Vital statistics of India. Vol. IV, Annual returns from 1871 to 1876. British Army of India, Native Army and jails of Bengal
Year: 1871
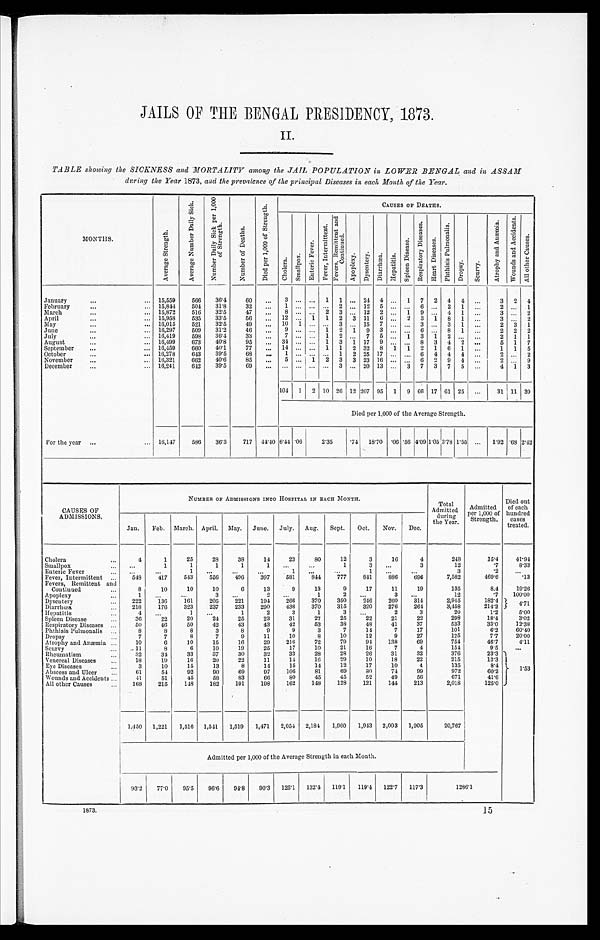
JAILS OF THE BENGAL PRESIDENCY, 1873.
II.
TABLE showing the SICKNESS and MORTALITY among the JAIL POPULATION in LOWER BENGAL and in ASSAM
during the Year 1873, and the prevalcnce of the principal Diseases in each Month of the Year.
MONTHS.
A v e r a g e S t r e n g t h .
A v e r a g e N u m b e r D a i l y S i c k .
N u m b e r D a i l y S i c k p e r 1 , 0 0 0 o f S t r e n g t h .
N u m b e r o f D e a t h s .
D i e d p e r 1 , 0 0 0 o f S t r e n g t h .
CAUSES OF DEATHS.
C h o l e r a .
S m a l l p o x .
E n t e r i c F e v e r .
F e v e r , I n t e r m i t t e n t .
F e v e r , I n t e r m i t t e n t a n d C o n t i n u e d .
A p o p l e x y .
D y s e n t a r y .
D i a r r h œ a . Hepat i t i s.
S p l e e n D i s e a s e .
R e s p i r a t o r y D i s e a s e s .
H e a r t D i s e a s e s .
P h t h i s i s P u l m o n a l i s .
Dropsy.
S c u r v y .
A t r o p h y a n d A n æ m i a .
W o u n d s a n d A c c i d e n t s .
A l l o t h e r C a u s e s .
January ... 15,559
566
36.4
60
. . .
3
. . .
. . .
1
1
. . . 24
4 ...
1
7
2
4
4
. . .
3
2
4
15,844
504
31.8
3 2
. . .
1
. . .
. . .
. . .
2
. . .
1 2
5 ...
. . .
6
. . .
2 1
. . .
2
. . . 1
February ...
15,872
516
32.5
47
. . .
8
. . .
. . . 2
3
. . . 12
2 ...
1
9
. . . 4
1
. . .
3
. . . 2
March ...
15,958
535
33.5
56
. . .
12
. . . 1
1
2
3 11
6 ...
2
3
1
8
1
. . .
3
. . . 2
April ...
16,015
521
32.5
49
. . .
10
1
. . .
. . .
3
. . .
1 5
7 ...
. . . 3
. . . 3
1
. . .
2
3
1
M a y . . .
16,297
509
31.2
46
. . .
9
. . .
. . . 1
2
1
9
3 ...
. . . 6
. . . 8
1
. . .
2
2
2
J u n e . . .
July
... 16,419
598
36.4
33
. . .
7
. . .
. . . 1
2
. . . 7
5 ...
1
3
1
2 ...
. . .
2
1
1
August ... 16,499
673
40.8
95
. . .
34
. . .
. . . 1
3
1 17
9 ...
. . . 8
3
4
2
. . .
5
1
7
16,459
660
40.1
77
. . .
14
. . .
. . . 1
1
2 32
8
1
1
2
1
6
1
. . .
1
1
5
September ...
16,278
643
39.5
68
. . .
1
. . .
. . .
. . . 1
2 25 17 ...
. . . 6
4
4
4
. . .
2
. . . 2
October ...
November ... 16,321
662
40.6
85
. . .
5
. . . 1
2
3
3 23 16 ...
. . . 6
2
9
4
. . .
2
. . . 9
16,241
642
39.5
69
. . .
. . .
. . .
. . .
. . . 3
. . . 20 13 ...
3
7
3
7
5
. . .
4
1
3
December ...
104 1
2 10 26 12 207 95
1
9 66 17 61 25
. . .
31 11 39
Died per 1,000 of the Average Strength.
For the year ... 16,147
586
36.3
717
44.40 6.44
. 0 6
2. 35
. 7 4 18.70 .06
. 5 6 4.09 1.05 3.78 1.55
. . .
1.92
. 6 8 2.42
CAUSES OF
ADMISSIONS.
NUMBER OF ADMISSIONS INTO HOSPITAL IN EACH MONTH.
Total
Admitted
during the Year.
Admitted
per 1,000 of
Strength.
Died out
of each
hundred
c a s e s
treated.
Jan.
Feb.
March. April.
May.
June.
July.
Aug,
Sept.
Oct.
Nov.
Dec.
Cholera ...
4
1
25
28
38
14
23
80
12
3
16
4
248
15.4
41.94
. . .
1
1
1
1
1
. . .
. . .
1
3
. . .
3
12
. 7
8.33
Smallpox ...
. . .
. . .
1
. . .
. . .
. . .
1
. . .
. . .
1
. . .
. . .
3
. 2
. . .
E n t e r i c F e v e r . . .
5 4 8
4 1 7
543
556
4 9 6
3 9 7
581
8 4 4
777
841
886
696
7,582
469.6
. 1 3
Fever, Intermittent ...
8
10
10
10
6
13
9
13
9
17
11
19
135
8.4
19.26
Fevers, Remittent and
Continued ...
1
. . .
. . .
3
. . .
2
. . .
1
2
. . .
3
. . .
12
.7
100.00
Apoplexy ...
222
136
161
205
221
194
266
370
350
246
260
314
2,945
182.4
4 . 7 1
Dysentery ...
218
176
323
237
233
290
436
370
315
320
276
264
3,458
214.2
Diarrhœa ...
4
. . .
1
. . .
1
2
3
1
3
. . .
2
3
20
1.2
5..00
Hepatitis ...
36
22
20
24
25
23
31
27
25
22
21
22
298
18.4
3.02
Spleen Disease ...
50
46
50
42
43
43
42
53
38
48
41
37
533
33.0
12.38
Respiratory Diseases ...
P h t h i s i s P u l m o n a l i s . . .
8
8
8
3
8
9
9
3
7
14
7
17
101
6.2
60.40
7
7
8
7
9
11
10
8
10
12
9
27
125
7.7
20.00
Dropsy ...
10
6
10
15
16
29
216
72
79
94
138
69
754
46.7
4.11
Atrophy and Anæmia ...
11
8
6
10
19
25
17
10
21
16
7
4
154
9.5
. . .
Scurvy ...
3 2
34
33
37
30
32
33
28
28
26
31
32
376
23.3
1.53
R h e u m a t i s m . . .
18
19
16
20
22
11
14
16
29
10
18
22
215
13.3
Venereal Diseases ...
3
10
15
13
8
14
15
14
12
17
10
4
135
8.4
Eye Diseases ...
61
54
92
90
69
97
106
81
69
80
74
99
972
60.2
Abscess and Ulcer ...
52
49
56
671
41.6
45
Wounds and Accidents ...
41
51
45
58
83
66
80
45
121
144
213
2,018
125.0
All other Causes ...
168
215
148
182
191
198
162
148
128
1,450
1,221
1,516
1,541
1,519
1,471
2,054 2,184
1,960
1,943
2,003
1,905
20,767
Admitted per 1,000 of the Average Strength in each Month.
93.2
77.0
95.5
96.6
94.8
90.3
125.1
132.4
119.1
119.4
122.7
117.3
1286.1
1873.
1 5